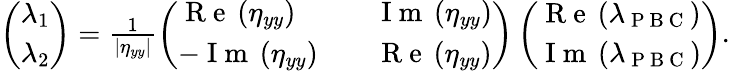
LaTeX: \begin{array}{r}{\left(\begin{array}{l}{\lambda_{1}}\\ {\lambda_{2}}\end{array}\right)=\frac{1}{\left|\eta_{yy}\right|}\left(\begin{array}{lll}{\mathrm{~R~e~}\left(\eta_{yy}\right)}&{}&{\mathrm{~I~m~}\left(\eta_{yy}\right)}\\ {-\mathrm{~I~m~}\left(\eta_{yy}\right)}&{}&{\mathrm{~R~e~}\left(\eta_{yy}\right)}\end{array}\right)\left(\begin{array}{l}{\mathrm{~R~e~}\left(\lambda_{\mathrm{~P~B~C~}}\right)}\\ {\mathrm{~I~m~}\left(\lambda_{\mathrm{~P~B~C~}}\right)}\end{array}\right).}\end{array}